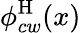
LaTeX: \phi_{cw}^{\mathrm{H}}(x)